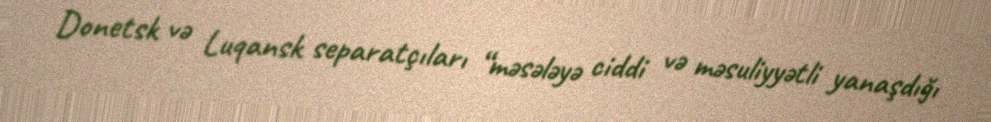
Donetsk və Luqansk separatçıları “məsələyə ciddi və məsuliyyətli yanaşdığı